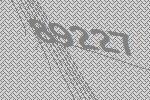
89227